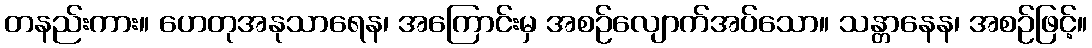
တနည်းကား။ ဟေတုအနုသာရေန၊ အကြောင်းမှ အစဉ်လျောက်အပ်သော။ သန္တာနေန၊ အစဉ်ဖြင့်။